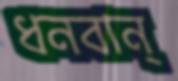
ধনবান্‌